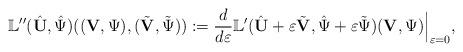
LaTeX: \begin{align*}\mathbb{L}''(\hat{\mathbf U},\hat{\Psi})(({\mathbf V},\Psi),(\tilde{{\mathbf V}},\tilde{\Psi})):=\frac{d}{d\varepsilon}\mathbb{L}'(\hat{\mathbf U}+\varepsilon \tilde{{\mathbf V}},\hat{\Psi}+\varepsilon\tilde{\Psi})({\mathbf V},\Psi)\Big|_{\varepsilon=0},\end{align*}